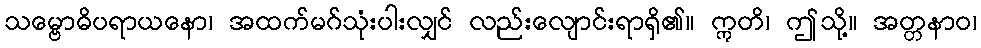
သမ္ဗောဓိပရာယနော၊ အထက်မဂ်သုံးပါးလျှင် လည်းလျောင်းရာရှိ၏။ ဣတိ၊ ဤသို့။ အတ္တနာဝ၊